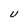
Character: U